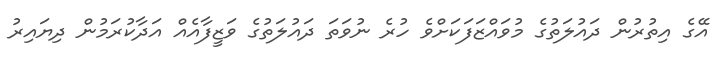
އޭގެ އިތުރުން ދައުލަތުގެ މުވައްޒަފަކަށްވެ ހުރެ ނުވަތަ ދައުލަތުގެ ވަޒީފާއެއް އަދާކުރަމުން ދިޔައިރު